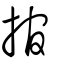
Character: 捾